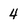
Character: 4